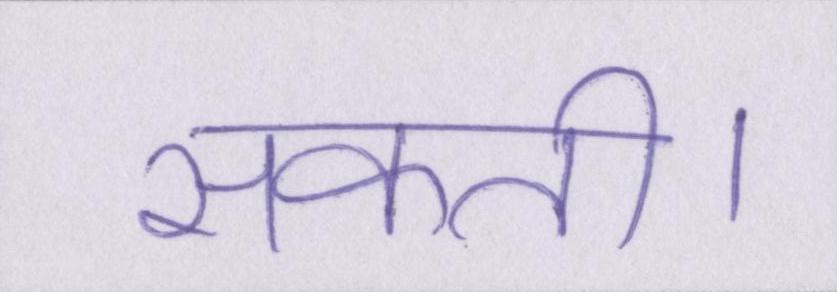
सकती।